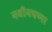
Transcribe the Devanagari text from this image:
नवीनपणा